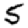
Digit: 5